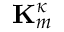
\mathbf { K } _ { m } ^ { \kappa }